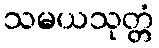
သမယသုတ္တံ